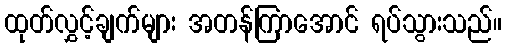
ထုတ်လွှင့်ချက်များ အတန်ကြာအောင် ရပ်သွားသည်။